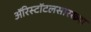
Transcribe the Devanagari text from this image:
ॲरिस्टॉटलसारख्या